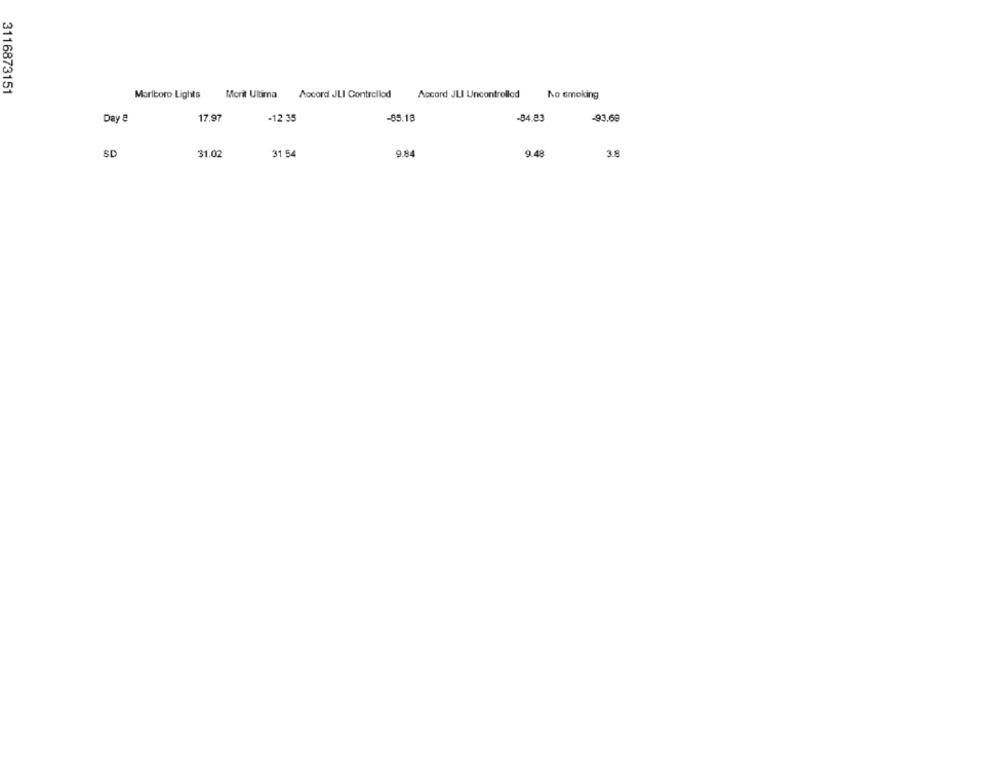
3116873151
Marlboro Lights
Morit Ultima Accord JLI Controllod
Accord JLI Uncontrolled
No smoking
Day &
17.97
-12 35
-85.18
-84.83
-93.69
SD
31.02
31 5
9.84
9.48
3.8